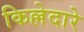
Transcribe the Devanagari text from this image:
किल्लेदारे